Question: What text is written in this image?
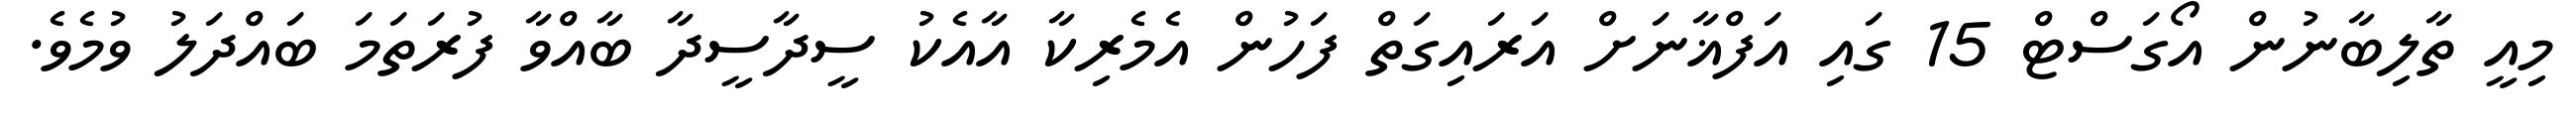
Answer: މިއީ ތާލިބާނުން އޯގަސްޓް 15 ގައި އަފްޣާނަށް އަރައިގަތް ފަހުން އެމެރިކާ އާއެކު ސީދާސީދާ ބާއްވާ ފުރަތަމަ ބައްދަލު ވުމެވެ.